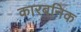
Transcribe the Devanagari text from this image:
कारबनिक